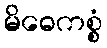
မိဓေကစ္စံ